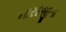
નારદજીના